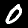
Digit: 0